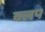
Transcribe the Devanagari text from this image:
क्लप